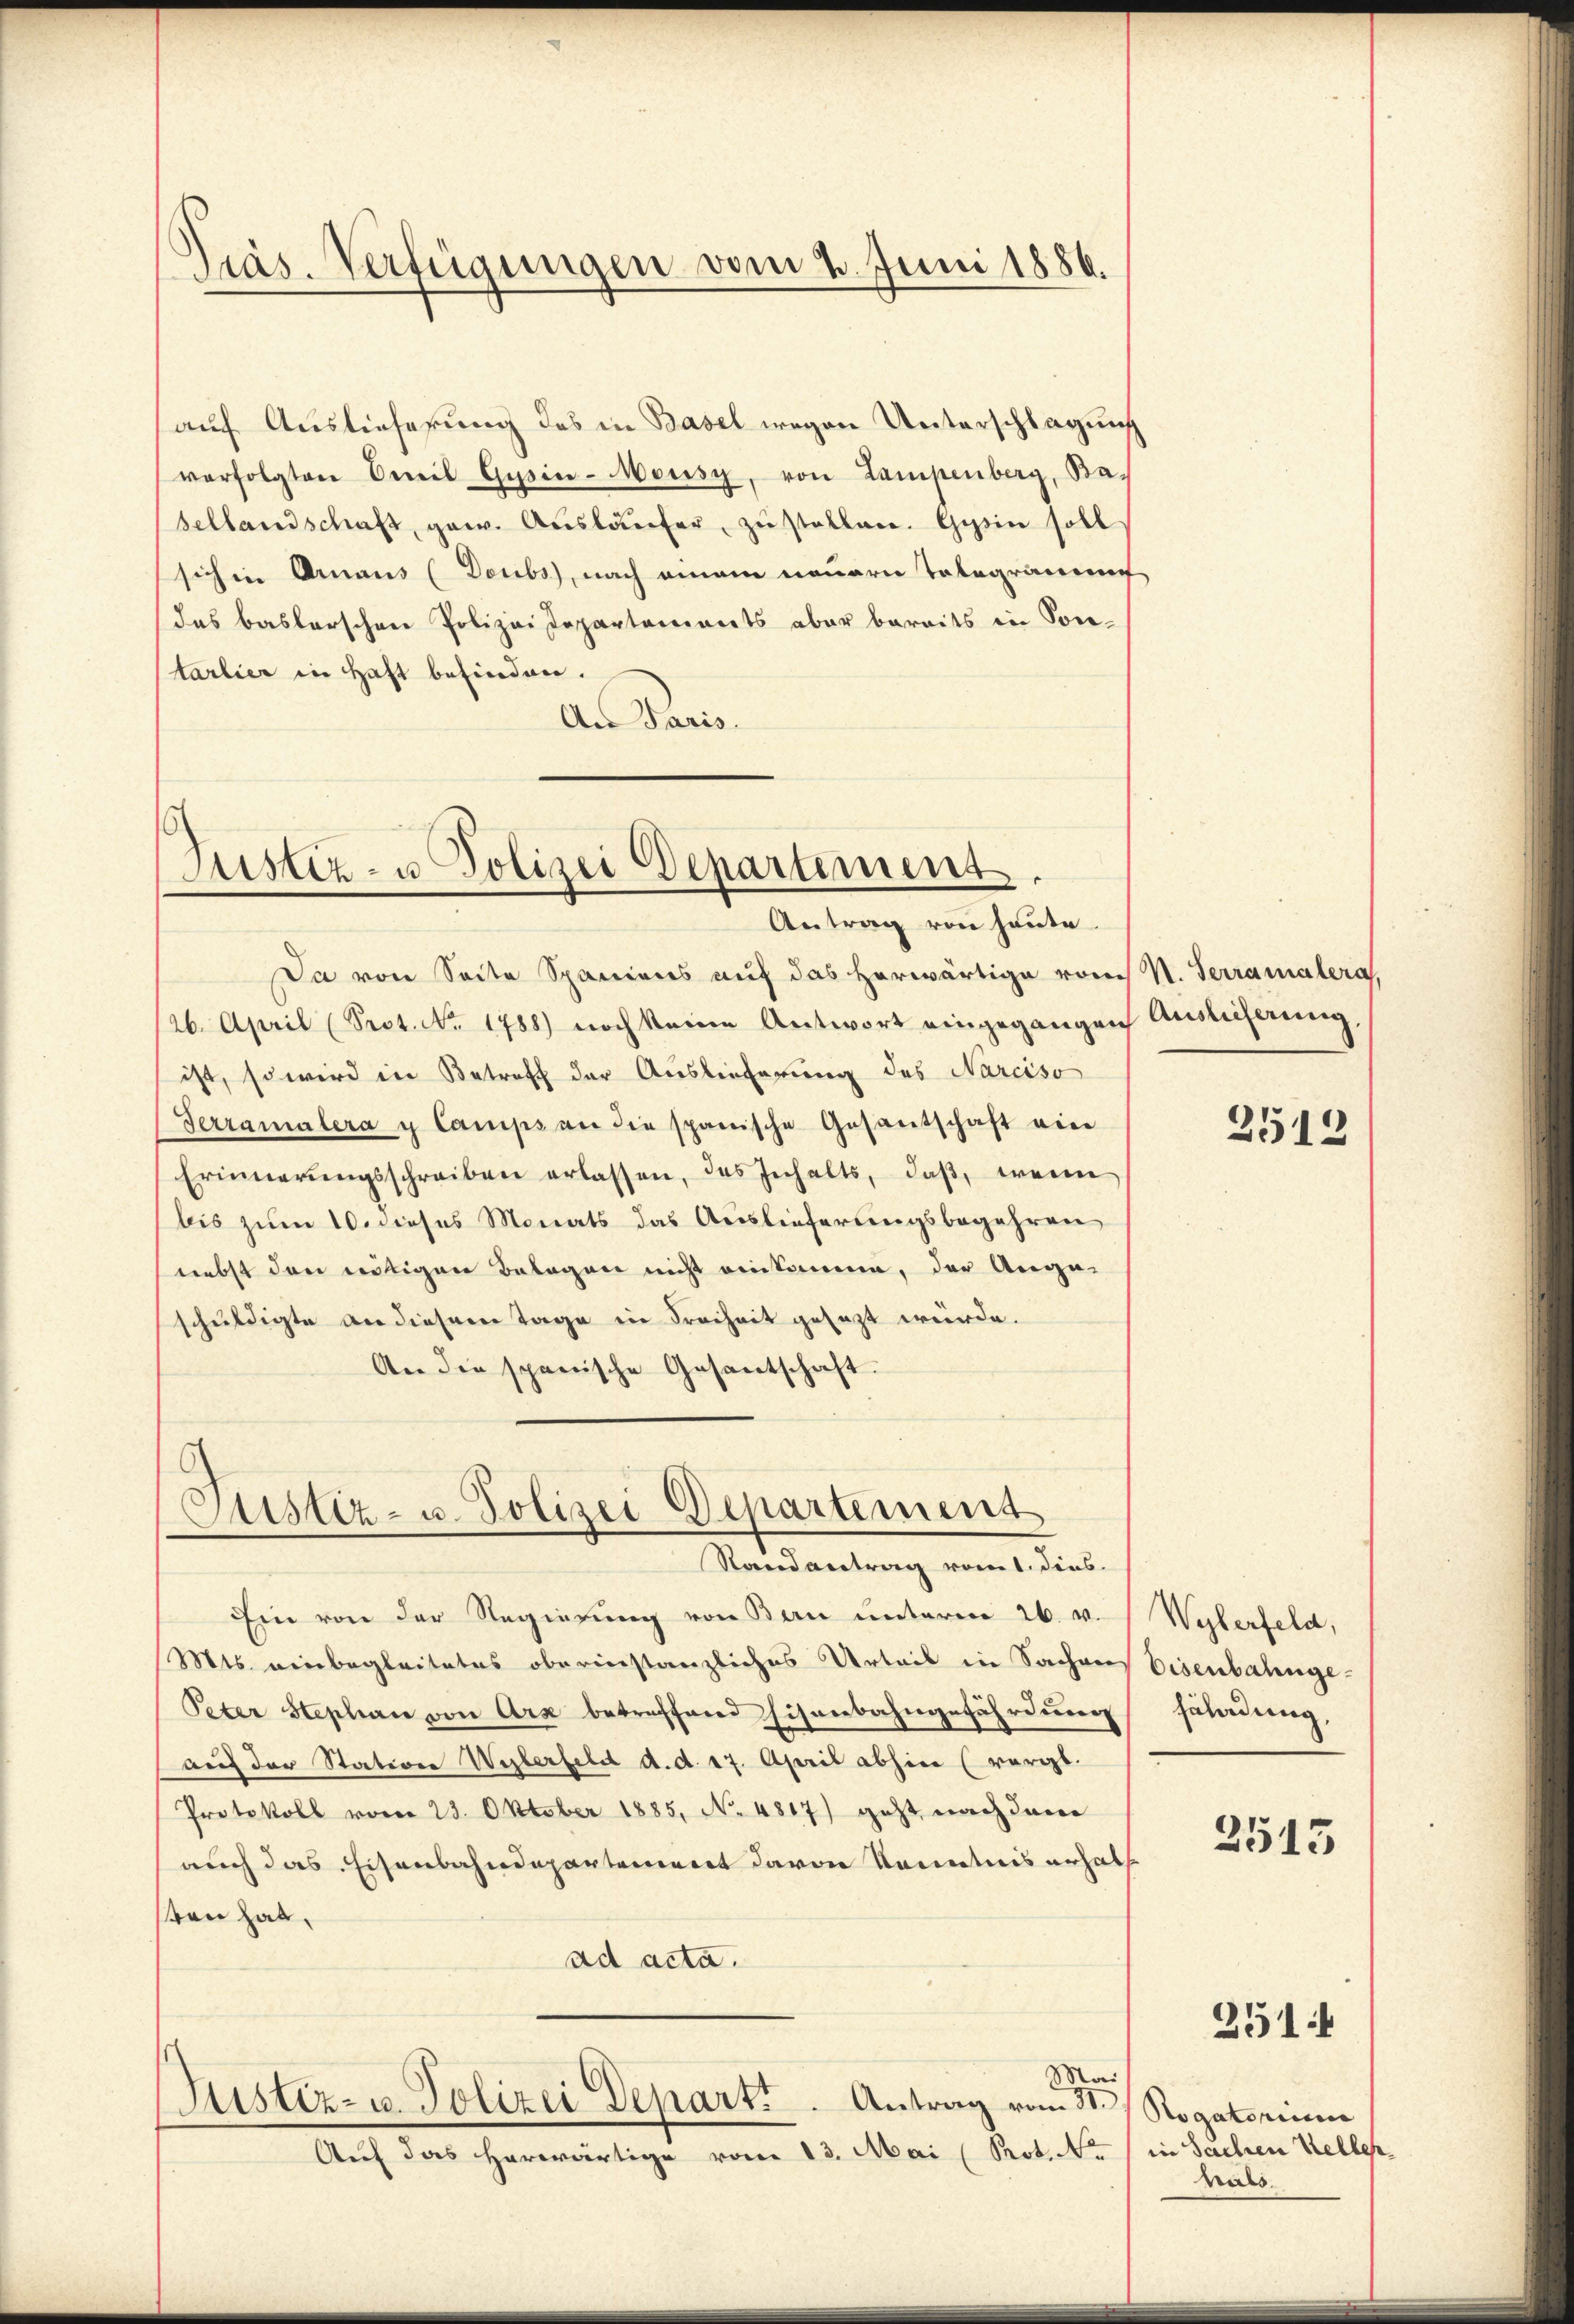
Präs. Verfügungen vom 4. Juni 1886.

auf Auslieferung des in Basel wegen Unterschlagung
verfolgten Oeteil Gŭsin-Monsy, von Lampenberg, Basellandschaft, gew. Aŭslaŭfer zŭ stellen. Gysin soll
sich in Ornaus (Doubs), nach einem neuern Telegramm
das baslerschene Polizei Departements aber bereits in Sontarlier in Haft befinden.
An Paris.

Justiz- u Polizei Departement.
Antrag von heute.

Da von Seite Spaniens auf das herwärtige vom 1. Terramalera,
26. April (Seot. No. 1788) noch keine Antwort eingegangen Auslieferung,
ist, so wird in Betreff der Auslieferung des Narciso
Terramalera y Camps an die spanische Gesantschaft ein
Erinnerungsschreiben erlassen, das Inhalts, daß, wenn
bis zum 10. dieses Monats das Auslieferungsbegehren
nebst den nötigen Belagen nicht einkommen, der Ange-
schuldigte an diesem Tage in Freiheit gesezt würde.
An die spanische Gesantschaft.

Justiz- u. Polizei Departement
Randantrag vom 1. dies

Ein von der Regierung von Bau unterm 26. v.
Mts. einbegleitetes oberinstanzliches Urteil in Sachens Eisenbahnge-
Peter Stephan von Arx betreffend Eisenbahngefährdung
auf der Station Wylerfeld d. d. 17. April abhin (vorgt.
Protokoll vom 23. Oktober 1885, No 4817) geht nach dem
auch das Eisenbahndepartement davon Kenntnis erhalten hat,
ad acta.
Mai
Justiz- u. Polizei Depart. Antrag vom St. Rogatorium
Auf das herwärtige vom 13. Mai (Prot. Nr. (in Sachen Keller

2512

Wylerfeld,
Fäladung,

2515

hals

2514